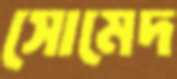
সোমেদ